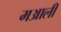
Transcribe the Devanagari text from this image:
मआली